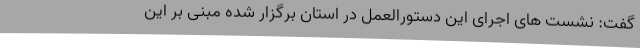
گفت: نشست های اجرای این دستورالعمل در استان برگزار شده مبنی بر این